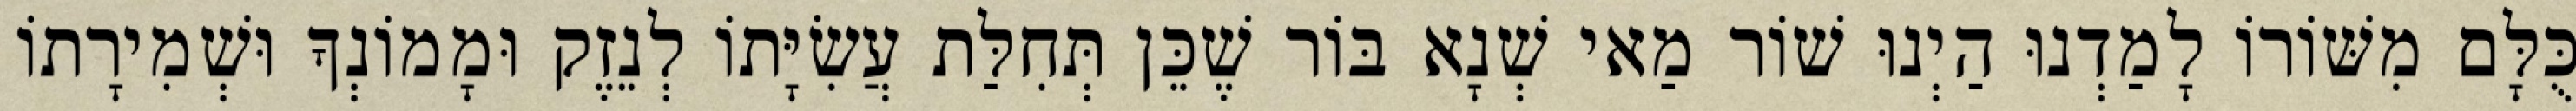
כֻּלָּם מִשּׁוֹרוֹ לָמַדְנוּ הַיְנוּ שׁוֹר מַאי שְׁנָא בּוֹר שֶׁכֵּן תְּחִלַּת עֲשִׂיָּתוֹ לְנֵזֶק וּמָמוֹנְךָ וּשְׁמִירָתוֹ